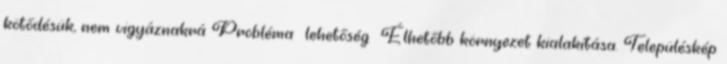
kötődésük, nem vigyáznakrá Probléma lehetőség ▪Élhetőbb környezet kialakítása. Településkép